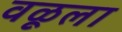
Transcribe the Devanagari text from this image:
वळूला